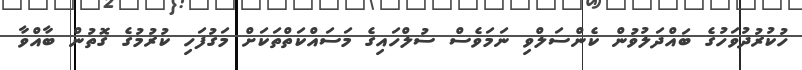
ހުކުރުދުވަހުގެ ބައްދަލުވުން ކެންސަލްވި ނަމަވެސް ސުލްހައިގެ މަސައްކަތްތަކަށް މަގުފަހި ކުރުމުގެ ގޮތުން ބާއްވާ